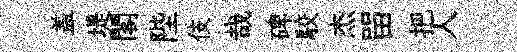
盖堤閣陛伎哉碑駮杰㽞把人